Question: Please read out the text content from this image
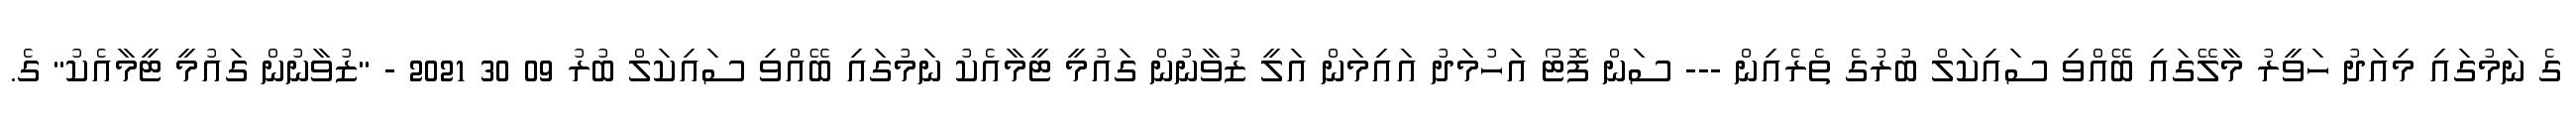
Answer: ގެ ނަމުގައި މިއަދު ހަވީރު މާލޭގައި ބޭއްވި ސައިކަލް ބުރުގެ ތެރެއިން --- ސަން ފޮޓޯ އަހުމަދު އައިމަން އަލީ ޒުވާނުން ގައުމީ ޓީމާއެކު ނަމުގައި ބޭއްވި ސައިކަލް ބުރު 09 30 2021 - "ޒުވާނުން ގައުމީ ޓީމާއެކު" ގެ.